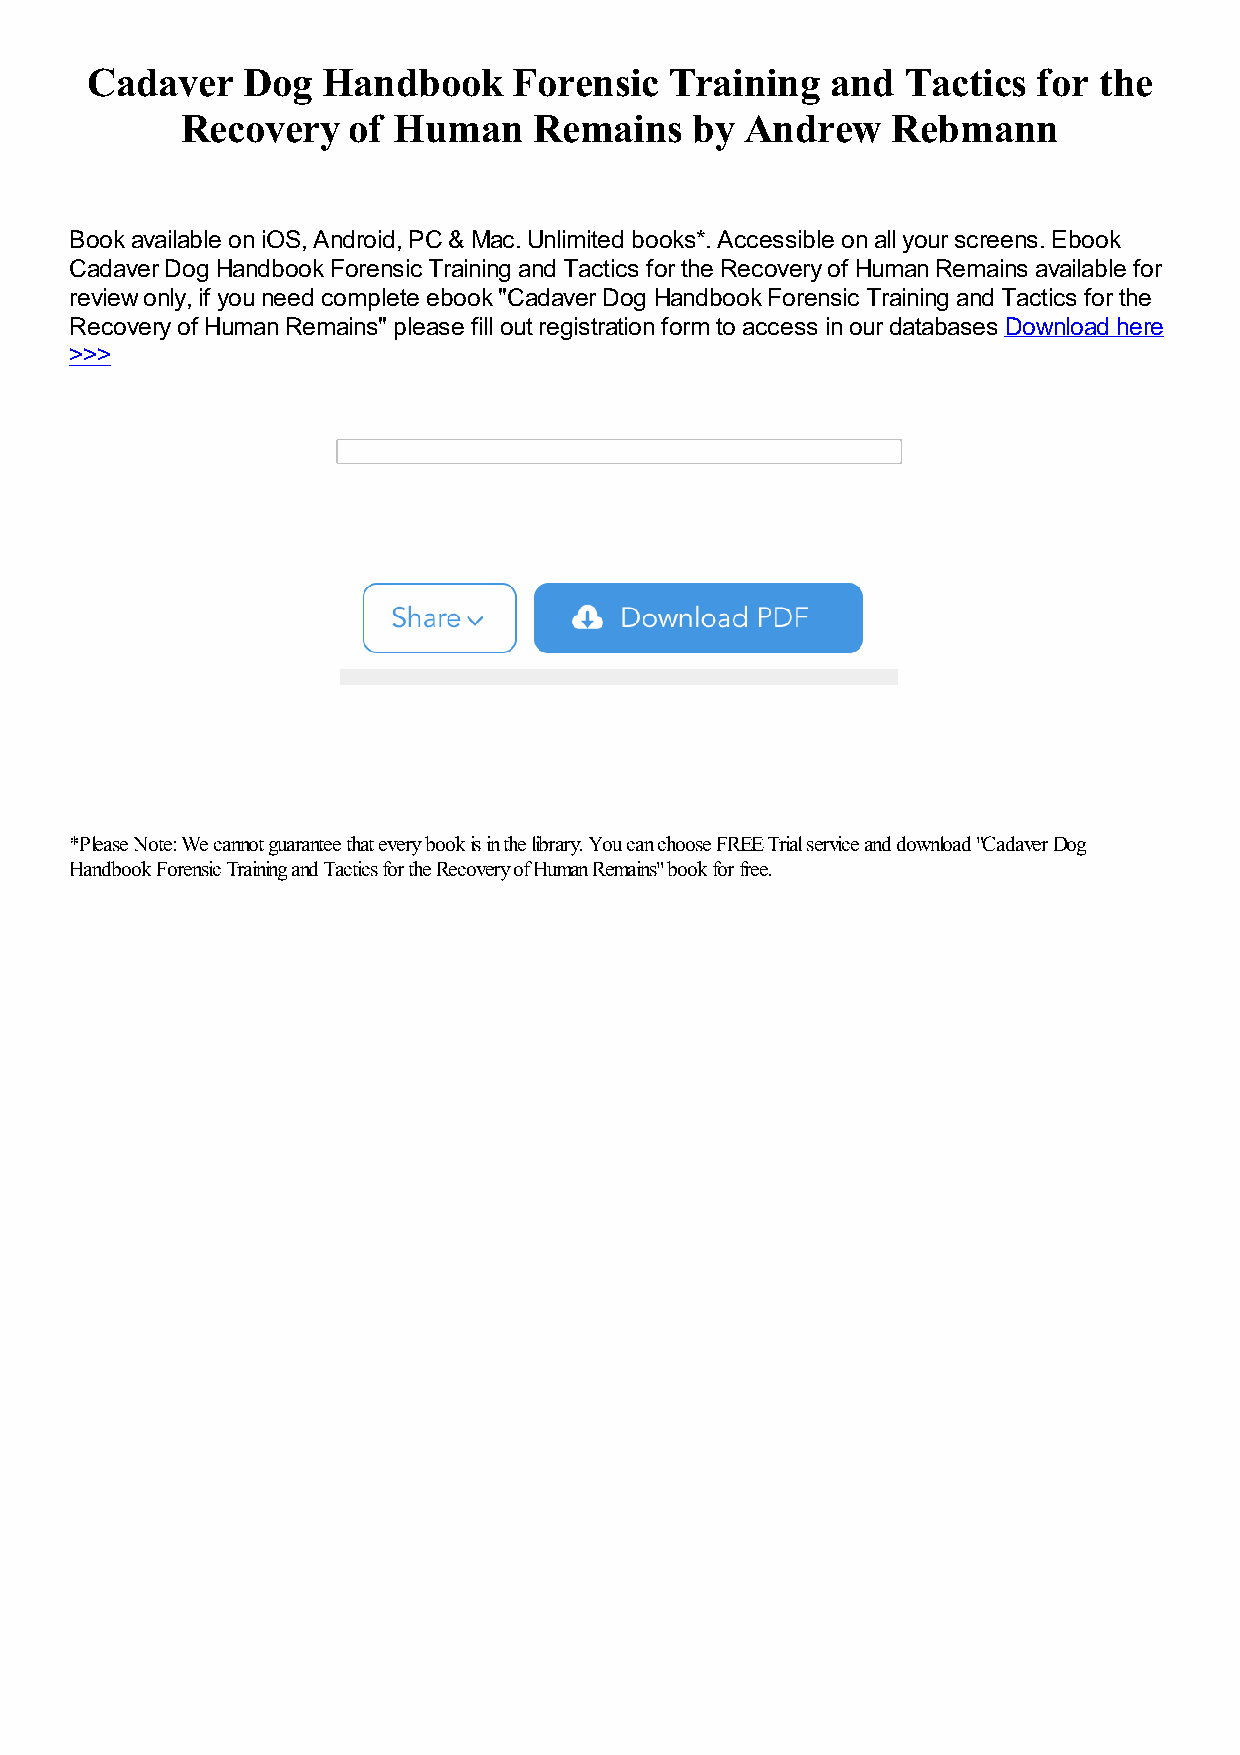
Cadaver   Dog  Handbook     Forensic  Training   and  Tactics  for the
 Recovery   of Human    Remains    by Andrew    Rebmann
 Book available on iOS, Android, PC & Mac. Unlimited books*. Accessible on all your screens. Ebook
 Cadaver Dog Handbook Forensic Training and Tactics for the Recovery of Human Remains available for
 review only, if you need complete ebook "Cadaver Dog Handbook Forensic Training and Tactics for the
 Recovery of Human Remains" please fill out registration form to access in our databases Download here
 >>>
 *Please Note: We cannot guarantee that every book is in the library. You can choose FREE Trial service and download "Cadaver Dog
 Handbook Forensic Training and Tactics for the Recovery of Human Remains" book for free.